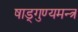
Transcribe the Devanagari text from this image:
षाड्गुण्यमन्त्र